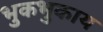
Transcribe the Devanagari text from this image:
भुकभुकाय